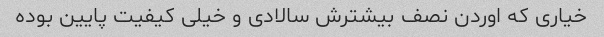
خیاری که اوردن نصف بیشترش سالادی و خیلی کیفیت پایین بوده